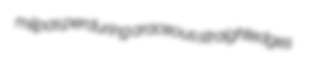
milpas perduring araceous straightedges